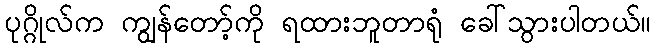
ပုဂ္ဂိုလ်က ကျွန်တော့်ကို ရထားဘူတာရုံ ခေါ်သွားပါတယ်။